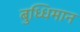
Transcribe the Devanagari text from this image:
बुध्धिमान